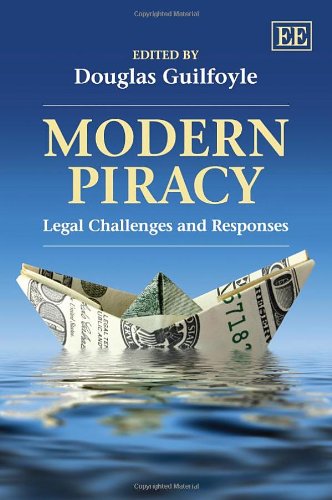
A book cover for Modern Piracy: Legal Challenges and Responses; Douglas Guilfoyle; Law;